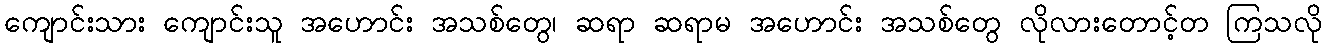
ကျောင်းသား ကျောင်းသူ အဟောင်း အသစ်တွေ၊ ဆရာ ဆရာမ အဟောင်း အသစ်တွေ လိုလားတောင့်တ ကြသလို